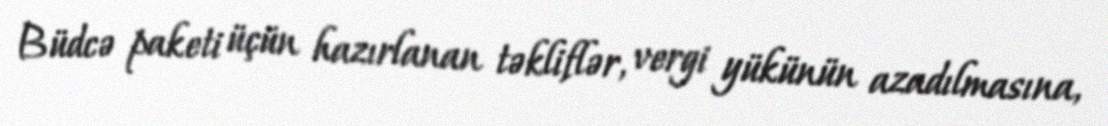
Büdcə paketi üçün hazırlanan təkliflər, vergi yükünün azadılmasına,